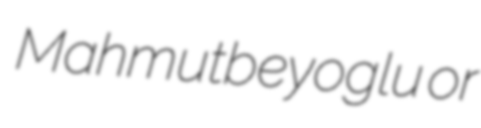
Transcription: Mahmutbeyoglu or